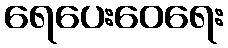
ရေပေးဝေရေး